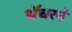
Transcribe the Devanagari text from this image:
थॅचरने